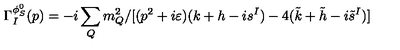
\Gamma _ { I } ^ { \phi _ { S } ^ { 0 } } ( p ) = - i \sum _ { Q } m _ { Q } ^ { 2 } / [ ( p ^ { 2 } + i \varepsilon ) ( k + h - i s ^ { I } ) - 4 ( \tilde { k } + \tilde { h } - i \tilde { s } ^ { I } ) ]